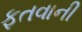
ફતવાની